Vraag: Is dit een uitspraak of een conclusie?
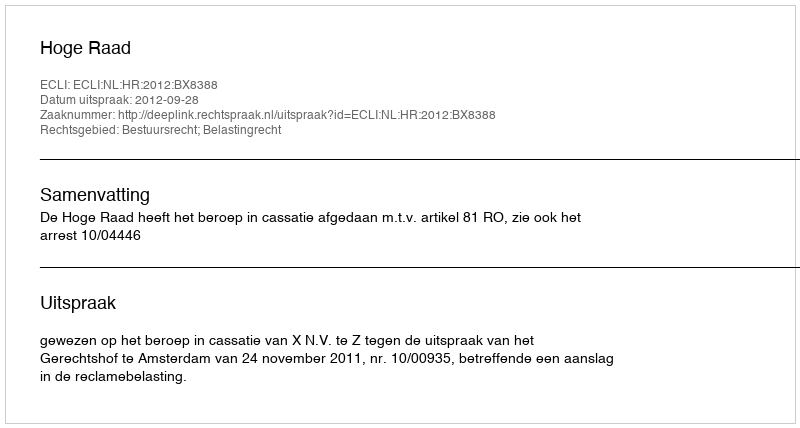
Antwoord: Uitspraak